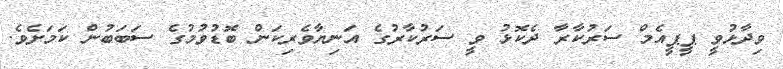
ވިދާޅުވީ ޕީޕީއެމް ސަރުކާރާ ދެކޮޅު ވީ ސަރުކާރުގެ އަނިޔާވެރިކަން ބޮޑުވުމުގެ ސަބަބުން ކަމަށެވެ.